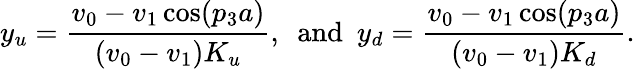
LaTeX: y_{u}=\frac{v_{0}-v_{1}\cos(p_{3}a)}{(v_{0}-v_{1})K_{u}},~~\mathrm{and}~~y_{d}=\frac{v_{0}-v_{1}\cos(p_{3}a)}{(v_{0}-v_{1})K_{d}}.